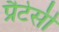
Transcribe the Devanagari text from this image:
प्रैटेसी